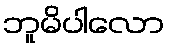
ဘူမိပါလော